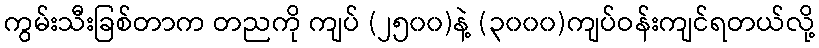
ကွမ်းသီးခြစ်တာက တညကို ကျပ် (၂၅၀၀)နဲ့ (၃၀၀၀)ကျပ်ဝန်းကျင်ရတယ်လို့